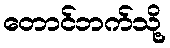
တောင်ဘက်သို့